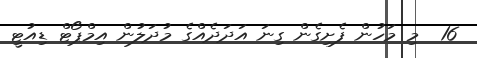
16  މި މަހުން ފެށިގެން ގިނަ އަދަދެއްގެ މުދަލުން އިމްޕޯޓް ޑިއުޓީ